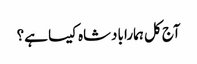
آج کل ہمارا بادشاہ کیسا ہے؟